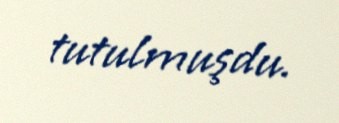
tutulmuşdu.